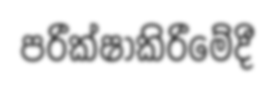
පරීක්ෂාකිරීමේදී